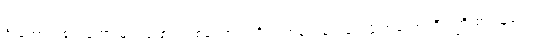
ဦးကောက်ရကတော့ မျဉ်းဖြောင့်တစ်ကြောင်းကို လက်မတုန်ဘဲရေးဖို့ အတော်ကြီး ကြိုးစားယူရသည်။